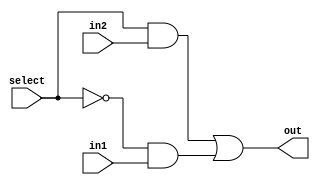
`timescale 1ns / 1ps
//////////////////////////////////////////////////////////////////////////////////
// Company: 
// Engineer: 
// 
// Design Name: 
// Module Name:    Mux 
// Project Name: 
// Target Devices: 
// Tool versions: 
// Description: 
//
// Dependencies: 
//
// Revision: 
// Revision 0.01 - File Created
// Additional Comments: 
//
//////////////////////////////////////////////////////////////////////////////////
module mux2to1(out, select, in1, in2);
	input in1, in2, select;
	output out;
	wire not_select, w1, w2;
	
	not (not_select, select);
	and (w1, select, in2);
	and (w2, not_select, in1);
	or(out, w1, w2);
	
endmodule

module mux3to1(out, select, in1, in2, in3);
	input in1, in2, in3;
	input [1:0] select;
	output out;
	wire w;
	
	mux2to1 m1(w, select[0], in1, in2);    //in1 - 00; in2 - 01; in3 - 1x 
	mux2to1 m2(out, select[1], w, in3);
	
endmodule

module bit32_3to1mux (out, select, in1, in2, in3);
	input [31:0] in1, in2, in3;
	input [1:0] select;
	output [31:0] out;
	genvar j;
	
	generate
		for(j = 0; j <32; j = j + 1) begin: mux_loop
			mux3to1 m1(out[j], select, in1[j], in2[j], in3[j]);
		end
	endgenerate
	
endmodule